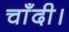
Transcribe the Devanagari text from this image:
चाँदी।